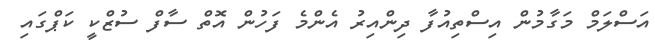
އަސްލަމް މަގާމުން އިސްތިއުފާ ދިންއިރު އެންމެ ފަހުން އޮތް ސާފް ސުޒްކީ ކަޕްގައި